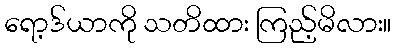
ရော့ဒ်ယာကို သတိထား ကြည့်မိလား။